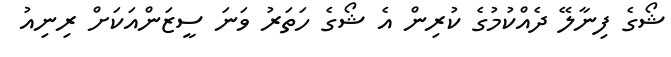
ޝޯގެ ފިނާލޭ ދެއްކުމުގެ ކުރިން އެ ޝޯގެ ހަތަރު ވަނަ ސީޒަންއަކަށް ރިނިއު